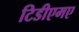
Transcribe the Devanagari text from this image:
टिडीएमए